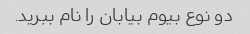
دو نوع بیوم بیابان را نام ببرید.